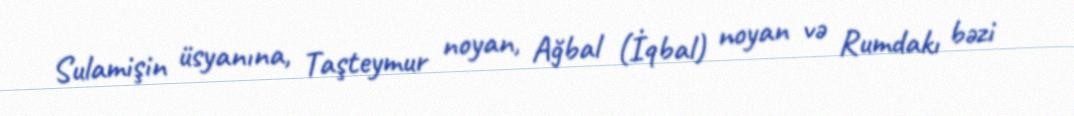
Sulamişin üsyanına, Taşteymur noyan, Ağbal (İqbal) noyan və Rumdakı bəzi